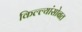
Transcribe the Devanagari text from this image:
किल्ल्यांसोबत